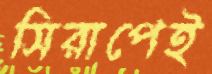
সিরাপেই